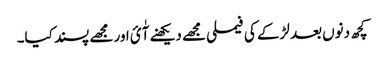
کچھ دنوں بعد لڑکے کی فیملی مجھے دیکھنے آٰئ اور مجھے پسند کیا۔